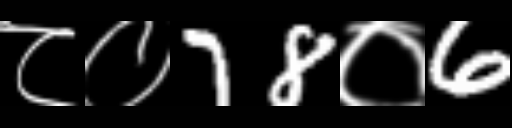
Text: ८०78०6